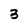
Character: 3